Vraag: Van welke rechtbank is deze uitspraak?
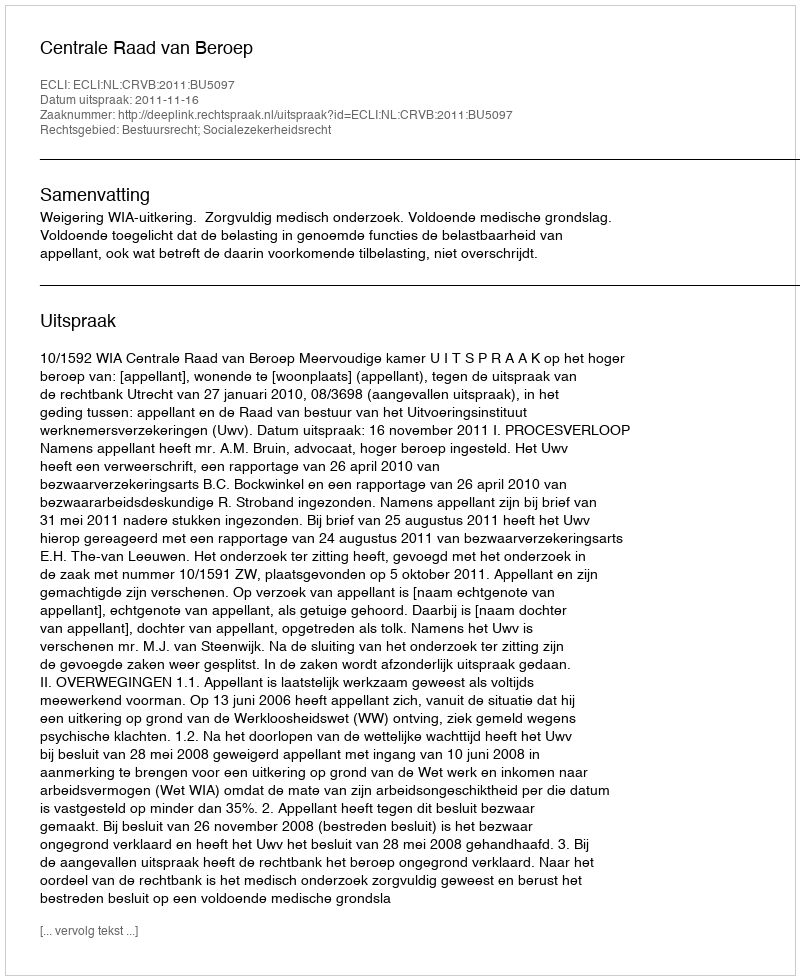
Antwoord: Centrale Raad van Beroep